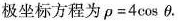
极坐标方程为$$\rho=4 \cos \theta$$.